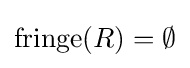
\operatorname {fringe} (R)=\emptyset